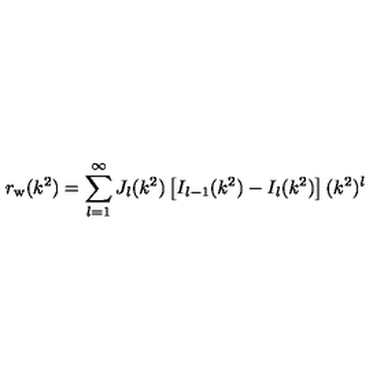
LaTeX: r _ { \mathrm { w } } ( k ^ { 2 } ) = \sum _ { l = 1 } ^ { \infty } J _ { l } ( k ^ { 2 } ) \left[ I _ { l - 1 } ( k ^ { 2 } ) - I _ { l } ( k ^ { 2 } ) \right] ( k ^ { 2 } ) ^ { l }